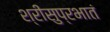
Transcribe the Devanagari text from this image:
श्रीसुप्रभातं